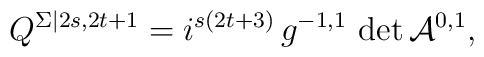
Q^{\Sigma |2s,2t+1} =i^{s(2t+3)}\,g^{-1,1}\,\det \mathcal{A}^{0,1},